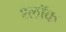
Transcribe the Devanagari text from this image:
श्लॉक